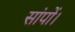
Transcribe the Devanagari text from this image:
सांपों।